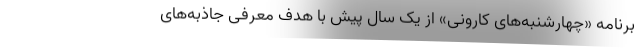
برنامه «چهارشنبه‌های کارونی» از یک سال پیش با هدف معرفی جاذبه‌های